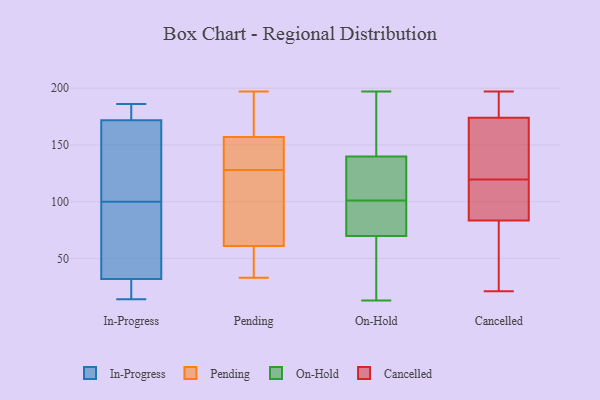
{"axis": {"x": "Revenue (USD Million)", "y": "Value"}, "legend": ["Cancelled", "In-Progress", "On-Hold", "Pending"], "data": [{"x": "", "y": 186, "type": "In-Progress"}, {"x": "", "y": 15, "type": "In-Progress"}, {"x": "", "y": 86, "type": "In-Progress"}, {"x": "", "y": 100, "type": "In-Progress"}, {"x": "", "y": 14, "type": "In-Progress"}, {"x": "", "y": 31, "type": "In-Progress"}, {"x": "", "y": 180, "type": "In-Progress"}, {"x": "", "y": 169, "type": "In-Progress"}, {"x": "", "y": 32, "type": "In-Progress"}, {"x": "", "y": 169, "type": "In-Progress"}, {"x": "", "y": 73, "type": "In-Progress"}, {"x": "", "y": 109, "type": "In-Progress"}, {"x": "", "y": 185, "type": "In-Progress"}, {"x": "", "y": 141, "type": "Pending"}, {"x": "", "y": 189, "type": "Pending"}, {"x": "", "y": 55, "type": "Pending"}, {"x": "", "y": 137, "type": "Pending"}, {"x": "", "y": 122, "type": "Pending"}, {"x": "", "y": 61, "type": "Pending"}, {"x": "", "y": 134, "type": "Pending"}, {"x": "", "y": 68, "type": "Pending"}, {"x": "", "y": 89, "type": "Pending"}, {"x": "", "y": 33, "type": "Pending"}, {"x": "", "y": 157, "type": "Pending"}, {"x": "", "y": 35, "type": "Pending"}, {"x": "", "y": 162, "type": "Pending"}, {"x": "", "y": 197, "type": "Pending"}, {"x": "", "y": 80, "type": "On-Hold"}, {"x": "", "y": 129, "type": "On-Hold"}, {"x": "", "y": 112, "type": "On-Hold"}, {"x": "", "y": 39, "type": "On-Hold"}, {"x": "", "y": 197, "type": "On-Hold"}, {"x": "", "y": 93, "type": "On-Hold"}, {"x": "", "y": 166, "type": "On-Hold"}, {"x": "", "y": 89, "type": "On-Hold"}, {"x": "", "y": 29, "type": "On-Hold"}, {"x": "", "y": 125, "type": "On-Hold"}, {"x": "", "y": 101, "type": "On-Hold"}, {"x": "", "y": 99, "type": "On-Hold"}, {"x": "", "y": 145, "type": "On-Hold"}, {"x": "", "y": 191, "type": "On-Hold"}, {"x": "", "y": 138, "type": "On-Hold"}, {"x": "", "y": 13, "type": "On-Hold"}, {"x": "", "y": 27, "type": "On-Hold"}, {"x": "", "y": 150, "type": "Cancelled"}, {"x": "", "y": 122, "type": "Cancelled"}, {"x": "", "y": 180, "type": "Cancelled"}, {"x": "", "y": 174, "type": "Cancelled"}, {"x": "", "y": 104, "type": "Cancelled"}, {"x": "", "y": 45, "type": "Cancelled"}, {"x": "", "y": 107, "type": "Cancelled"}, {"x": "", "y": 188, "type": "Cancelled"}, {"x": "", "y": 171, "type": "Cancelled"}, {"x": "", "y": 21, "type": "Cancelled"}, {"x": "", "y": 140, "type": "Cancelled"}, {"x": "", "y": 21, "type": "Cancelled"}, {"x": "", "y": 83, "type": "Cancelled"}, {"x": "", "y": 117, "type": "Cancelled"}, {"x": "", "y": 40, "type": "Cancelled"}, {"x": "", "y": 174, "type": "Cancelled"}, {"x": "", "y": 197, "type": "Cancelled"}, {"x": "", "y": 183, "type": "Cancelled"}, {"x": "", "y": 84, "type": "Cancelled"}, {"x": "", "y": 94, "type": "Cancelled"}]}